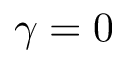
\gamma = 0